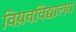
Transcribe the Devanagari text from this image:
विय़वविद्यालय